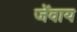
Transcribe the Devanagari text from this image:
जेंवाय